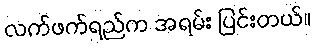
လက်ဖက်ရည်က အရမ်း ပြင်းတယ်။